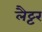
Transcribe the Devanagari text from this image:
लैट्टर